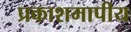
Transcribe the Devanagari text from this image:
प्रकाशमापीय